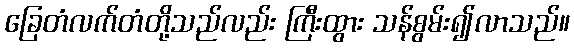
ခြေတံလက်တံတို့သည်လည်း ကြီးထွား သန်စွမ်း၍လာသည်။